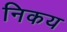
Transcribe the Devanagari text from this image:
निकय